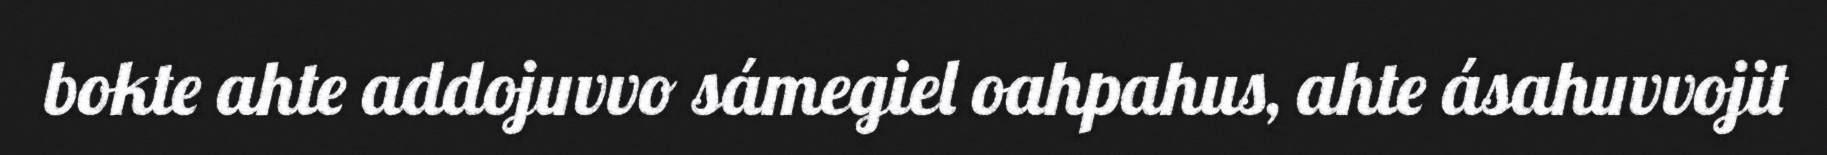
bokte ahte addojuvvo sámegiel oahpahus, ahte ásahuvvojit